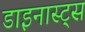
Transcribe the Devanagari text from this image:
डाइनास्ट्स